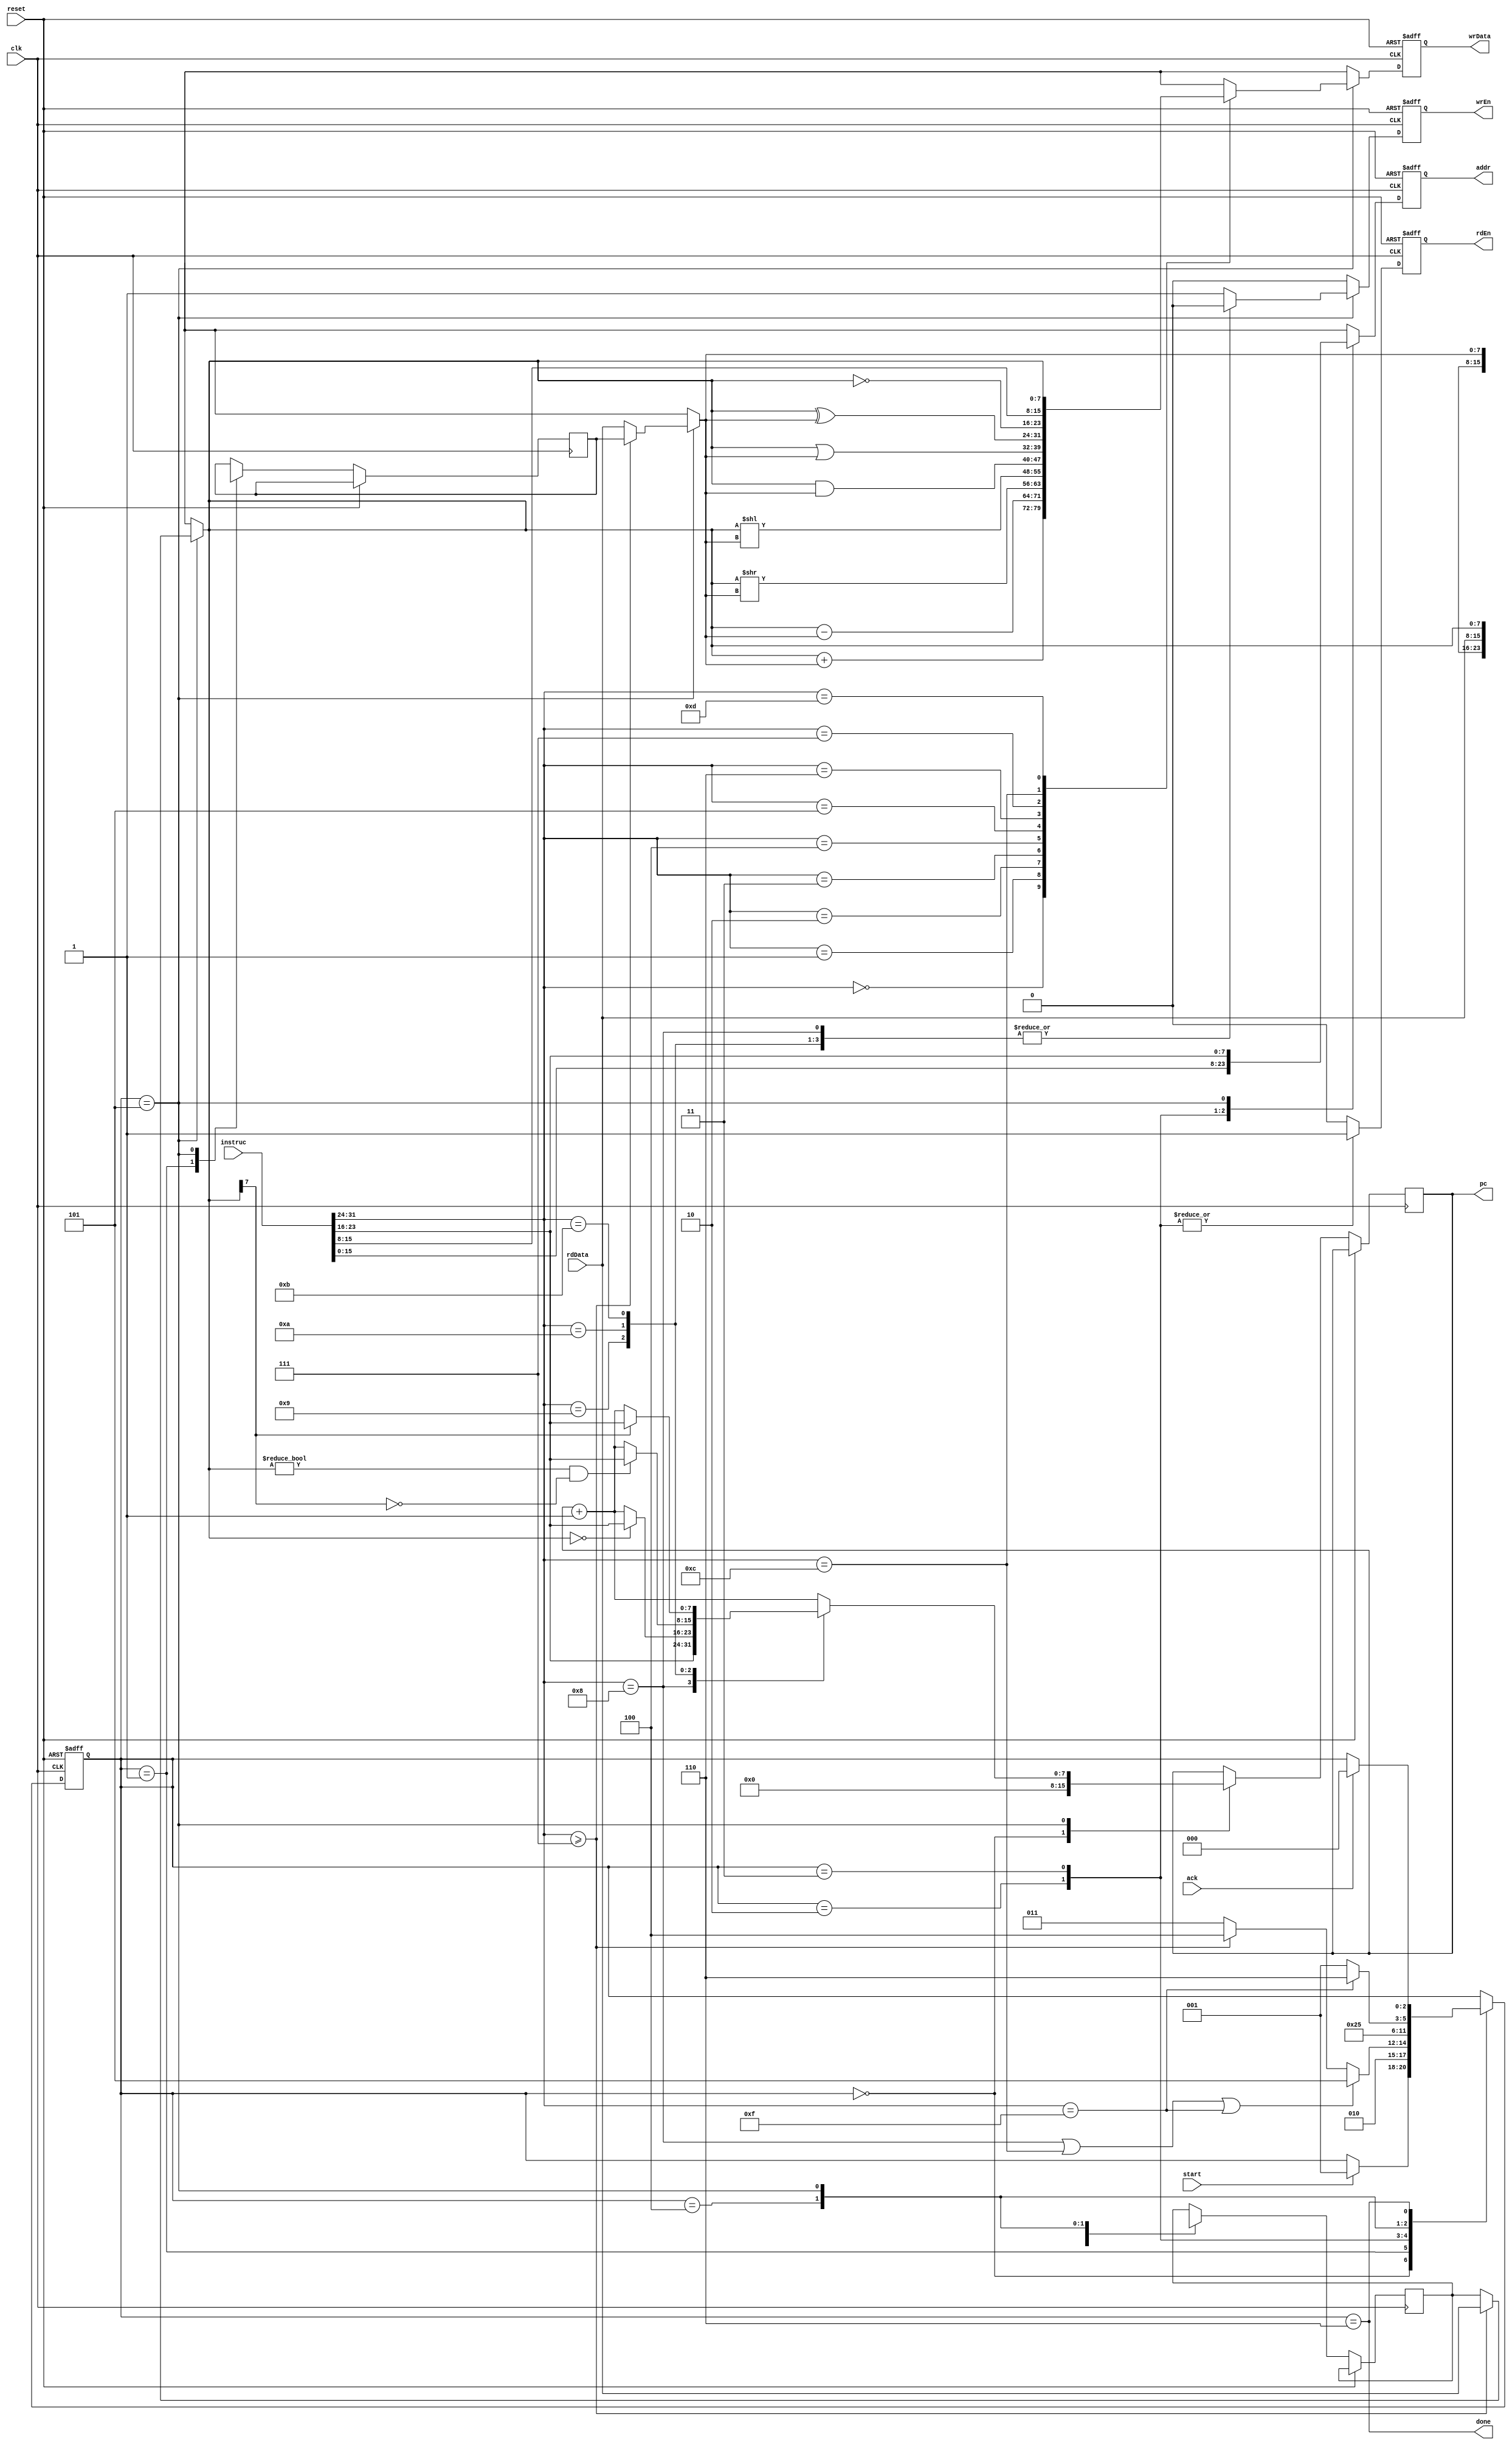
module Operate
  (clk, reset, start, ack, instruc, rdData,
   rdEn, wrEn, addr, wrData, pc, done);
  
  // constants
  localparam INSTRUC_SIZE = 32, ARG_SIZE = 8, DATA_SIZE = 8,
             OP_ADD = 8'h0, OP_SUB = 8'h1, OP_RSHIFT = 8'h2, OP_LSHIFT = 8'h3,
             OP_AND = 8'h4, OP_OR = 8'h5, OP_XOR = 8'h6, OP_INV = 8'h7,
             OP_JMP = 8'h8, OP_JEQ0 = 8'h9, OP_JGT0 = 8'hA, OP_JLT0 = 8'hB,
             OP_LDC = 8'hC, OP_COPY = 8'hD, OP_HALT = 8'hF,
             INIT = 3'd0, FETCH = 3'd1, RD_DATA2 = 3'd2, RD_DATA3 = 3'd3, RD_DATA_FINISH = 3'd4, OPERATE = 3'd5, DONE = 3'd6;
  
  // inputs
  input clk, reset, start, ack;
  input [(INSTRUC_SIZE - 1) : 0] instruc;
  input [(DATA_SIZE - 1) : 0] rdData;
  
  // outputs
  output reg rdEn; // data read enable
  output reg wrEn; // data write enable
  output reg [(ARG_SIZE - 1) : 0] addr; // data read/write address
  output reg [(DATA_SIZE - 1) : 0] wrData; // data write value
  output reg [(ARG_SIZE - 1) : 0] pc; // program counter
  output wire done;
  
  reg [2:0] state;
  
  assign done = (state == DONE);
  
  always @(posedge clk, posedge reset)
  begin
    // set default outputs
    rdEn <= 1'b0;
    wrEn <= 1'b0;
    addr <= 8'bx;
    wrData <= 8'bx;
    if (reset)
    begin
      state <= INIT;
    end
    else
    begin : OPERATE_BLOCK
      // extract op code and arguments
      reg [(ARG_SIZE - 1) : 0] opCode, arg1, arg2, arg3;
      reg [(DATA_SIZE - 1) : 0] argData2, argData3; // data corresponding to args 2 and 3
      opCode = instruc[31:24];
      arg1 = instruc[23:16];
      arg2 = instruc[15:8];
      arg3 = instruc[7:0];
      case (state)
        INIT:
        begin
          if (start) state <= FETCH;
          pc <= 1'b0;
        end
        FETCH:
        begin
          state <= RD_DATA2;
          argData2 <= 8'bx;
          argData3 <= 8'bx;
        end
        RD_DATA2:
        begin
          if (opCode == OP_JMP || opCode == OP_LDC || opCode == OP_HALT)
            state <= OPERATE;
          else if (opCode >= OP_INV)
            state <= RD_DATA_FINISH;
          else
            state <= RD_DATA3;
          rdEn <= 1'b1;
          addr <= arg2;
        end
        RD_DATA3:
        begin
          state <= RD_DATA_FINISH;
          rdEn <= 1'b1;
          addr <= arg3;
        end
        RD_DATA_FINISH:
        begin
          state <= OPERATE;
          argData2 = rdData;
        end
        OPERATE:
        begin
          state <= FETCH;
          if (opCode >= OP_INV)
            argData2 = rdData;
          else
            argData3 = rdData;
          wrEn <= 1'b1;
          addr <= arg1;
          wrData <= 8'bx;
          pc <= pc + 1'b1;
          case (opCode)
            OP_ADD:
            begin
              wrData <= argData2 + argData3;
            end
            OP_SUB:
            begin
              wrData <= argData2 - argData3;
            end
            OP_RSHIFT:
            begin
              wrData <= argData2 >> argData3;
            end
            OP_LSHIFT:
            begin
              wrData <= argData2 << argData3;
            end
            OP_AND:
            begin
              wrData <= argData2 & argData3;
            end
            OP_OR:
            begin
              wrData <= argData2 | argData3;
            end
            OP_XOR:
            begin
              wrData <= argData2 ^ argData3;
            end
            OP_INV:
            begin
              wrData <= ~argData2;
            end
            OP_JMP:
            begin
              wrEn <= 1'b0;
              pc <= arg1;
            end
            OP_JEQ0:
            begin
              wrEn <= 1'b0;
              if (argData2 == 0) pc <= arg1;
            end
            OP_JGT0:
            begin
              wrEn <= 1'b0;
              if (argData2 != 0 && argData2[DATA_SIZE - 1] == 1'b0) pc <= arg1;
            end
            OP_JLT0:
            begin
              wrEn <= 1'b0;
              if (argData2[DATA_SIZE - 1] == 1'b1) pc <= arg1;
            end
            OP_LDC:
            begin
              wrData <= arg2;
            end
            OP_COPY:
            begin
              wrData <= argData2;
            end
            OP_HALT:
            begin
              state <= DONE;
            end
          endcase
        end
        DONE:
        begin
          if (ack) state <= INIT;
        end
      endcase
    end
  end
endmodule